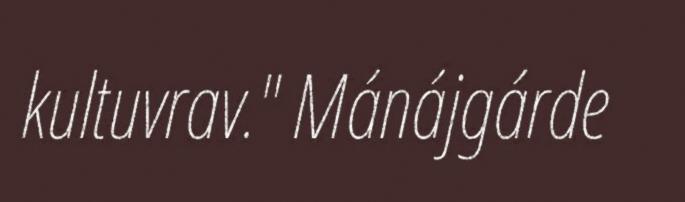
kultuvrav." Mánájgárde